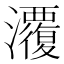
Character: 𭳱